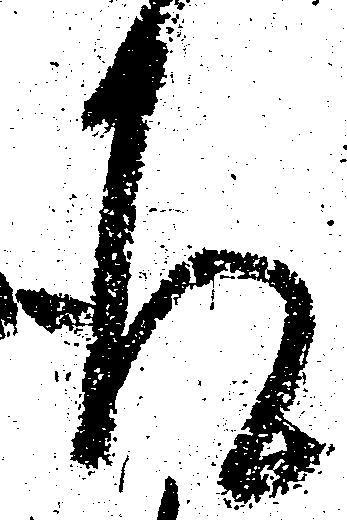
道